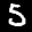
Digit: 5